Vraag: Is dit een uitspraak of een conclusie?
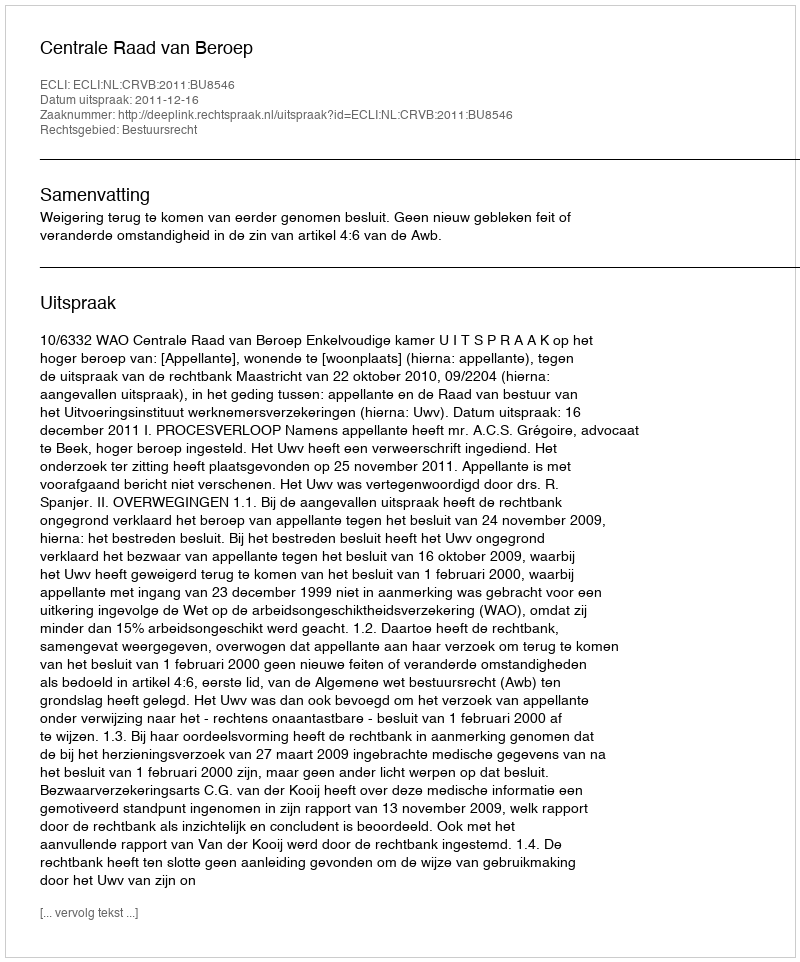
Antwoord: Uitspraak